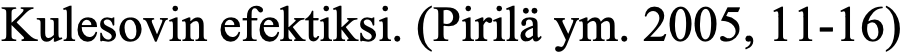
Kulesovin efektiksi. (Pirilä ym. 2005, 11-16)